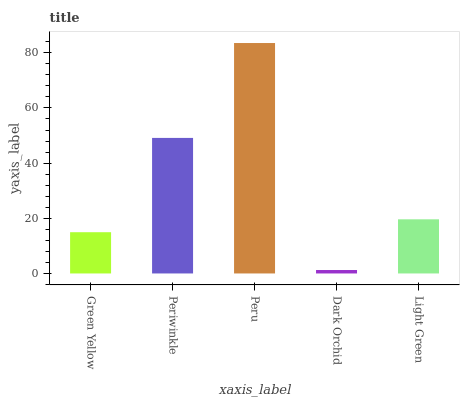
| xaxis_label | bars |
 | --- | --- |
 | Green Yellow | 15 |
 | Periwinkle | 49.1 |
 | Peru | 83.5 |
 | Dark Orchid | 1.25 |
 | Light Green | 19.6 |